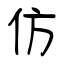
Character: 仿